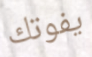
يفوتك